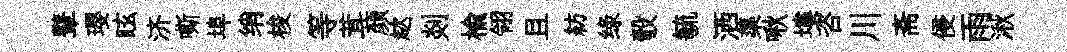
鼙瓔眩济嘶埠绡梭等茸颜趑剡榆翎且紡绿彀毓洒蕖啾塿咨川斋侵雨湫